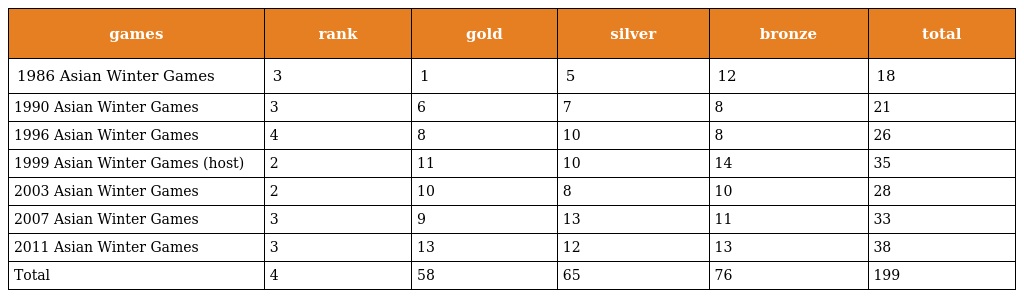
| games | rank | gold | silver | bronze | total |
 | --- | --- | --- | --- | --- | --- |
 | 1986 Asian Winter Games | 3 | 1 | 5 | 12 | 18 |
 | 1990 Asian Winter Games | 3 | 6 | 7 | 8 | 21 |
 | 1996 Asian Winter Games | 4 | 8 | 10 | 8 | 26 |
 | 1999 Asian Winter Games (host) | 2 | 11 | 10 | 14 | 35 |
 | 2003 Asian Winter Games | 2 | 10 | 8 | 10 | 28 |
 | 2007 Asian Winter Games | 3 | 9 | 13 | 11 | 33 |
 | 2011 Asian Winter Games | 3 | 13 | 12 | 13 | 38 |
 | Total | 4 | 58 | 65 | 76 | 199 |